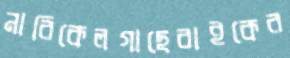
নারিকেলগাছেবাইকের